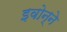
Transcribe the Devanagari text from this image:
इवोन्ने